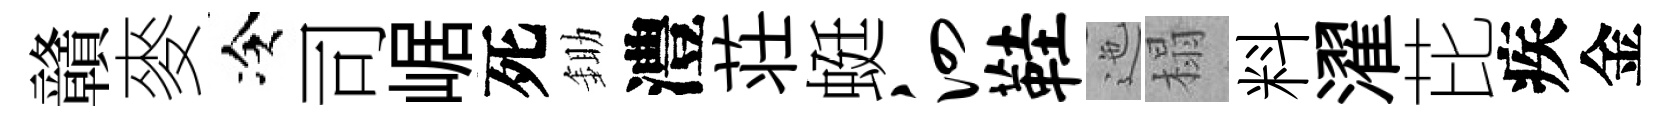
贛麥冷司崌死鋤澧荘蜓泗鞋迤榻料濯芘疾金